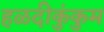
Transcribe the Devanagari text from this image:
हळदीकुंकुम